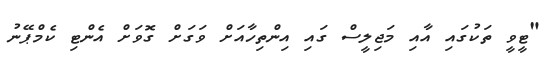
"ޓީވީ ތަކުގައި އާއި މަޖިލީސް ގައި އިންތިހާއަށް ވަގަށް ގޮވަށް އެންޓި ކެމްޕޭނު